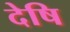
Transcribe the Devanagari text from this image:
देषि